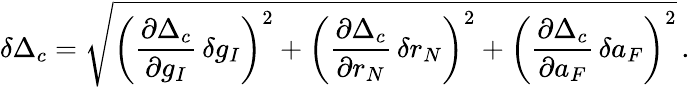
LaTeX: \delta\Delta_{c}=\sqrt{\bigg(\frac{\partial\Delta_{c}}{\partial g_{I}}\, \delta g_{I}\bigg)^{2}+\bigg(\frac{\partial\Delta_{c}}{\partial r_{N}}\, \delta r_{N}\bigg)^{2}+\bigg(\frac{\partial\Delta_{c}}{\partial a_{F}}\, \delta a_{F}\bigg)^{2}}\, .